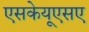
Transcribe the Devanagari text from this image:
एसकेयूएसए